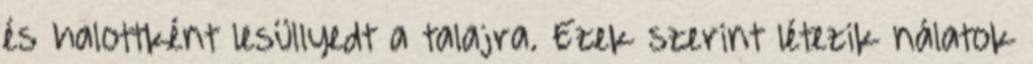
és halottként lesüllyedt a talajra. Ezek szerint létezik nálatok